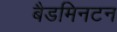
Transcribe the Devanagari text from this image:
बैडमिनटन